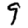
Digit: 9